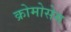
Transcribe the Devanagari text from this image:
क्रोमोसेम